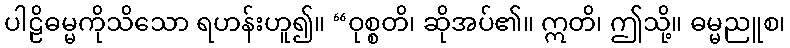
ပါဠိဓမ္မကိုသိသော ရဟန်းဟူ၍။ “ဝုစ္စတိ၊ ဆိုအပ်၏။ ဣတိ၊ ဤသို့။ ဓမ္မညူစ၊